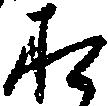
お